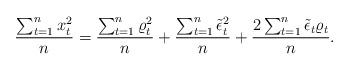
LaTeX: \begin{align*}\frac{\sum_{t=1}^nx^2_t}{n}=\frac{\sum_{t=1}^n\varrho^2_t}{n}+\frac{\sum_{t=1}^n\tilde\epsilon^2_t}{n}+\frac{2\sum_{t=1}^n\tilde\epsilon_t\varrho_t}{n}.\end{align*}